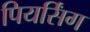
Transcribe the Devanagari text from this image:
पियर्सिंग